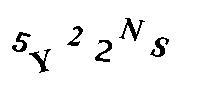
5Y22NS